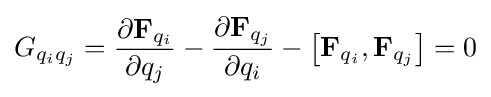
G_{{q_{i}}{q_{j}}}={\frac {{\partial }\mathbf {F} _{q_{i}}}{\partial q_{j}}}-{\frac {{\partial }\mathbf {F} _{q_{j}}}{\partial q_{i}}}-\left[\mathbf {F} _{q_{i}},\mathbf {F} _{q_{j}}\right]=0